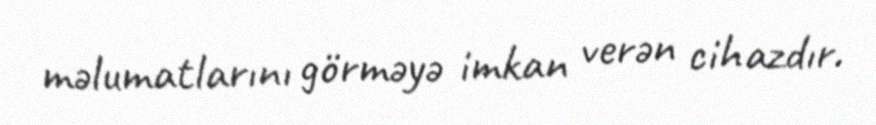
məlumatlarını görməyə imkan verən cihazdır.